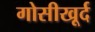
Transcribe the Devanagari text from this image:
गोसीखूर्द